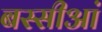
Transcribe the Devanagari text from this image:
बस्सीआं